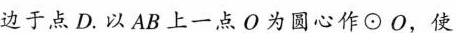
边于点D.以AB上一点O为圆心作\odot O，使